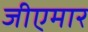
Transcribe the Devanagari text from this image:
जीएमार